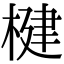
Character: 楗